Annual report on the health of the army in India
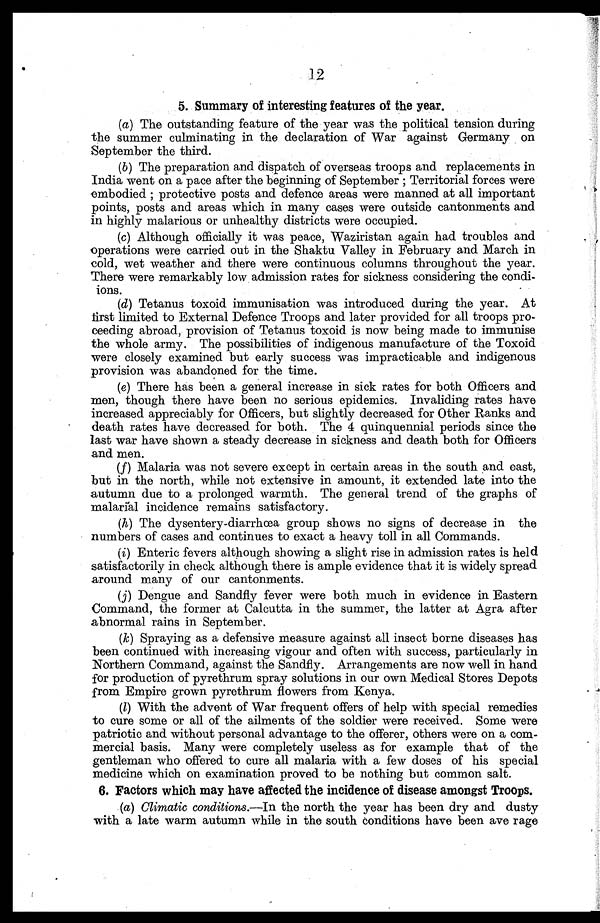
12
5. Summary of interesting features of the year.
(a) The outstanding feature of the year was the political tension during
the summer culminating in the declaration of War against Germany on
September the third.
(b) The preparation and dispatch of overseas troops and replacements in
India went on a pace after the beginning of September ; Territorial forces were
embodied ; protective posts and defence areas were manned at all important
points, posts and areas which in many cases were outside cantonments and
in highly malarious or unhealthy districts were occupied.
(c) Although officially it was peace, Waziristan again had troubles and
operations were carried out in the Shaktu Valley in February and March in
cold, wet weather and there were continuous columns throughout the year.
There were remarkably low admission rates for sickness considering the condi-
ions.
(d) Tetanus toxoid immunisation was introduced during the year. At
first limited to External Defence Troops and later provided for all troops pro-
ceeding abroad, provision of Tetanus toxoid is now being made to immunise
the whole army. The possibilities of indigenous manufacture of the Toxoid
were closely examined but early success was impracticable and indigenous
provision was abandoned for the time.
(e) There has been a general increase in sick rates for both Officers and
men, though there have been no serious epidemics. Invaliding rates have
increased appreciably for Officers, but slightly decreased for Other Ranks and
death rates have decreased for both. The 4 quinquennial periods since the
last war have shown a steady decrease in sickness and death both for Officers
and men.
(f) Malaria was not severe except in certain areas in the south and east,
but in the north, while not extensive in amount, it extended late into the
autumn due to a prolonged warmth. The general trend of the graphs of
malarial incidence remains satisfactory.
(h) The dysentery-diarrhoea group shows no signs of decrease in the
numbers of cases and continues to exact a heavy toll in all Commands.
(i) Enteric fevers although showing a slight rise in admission rates is held
satisfactorily in check although there is ample evidence that it is widely spread
around many of our cantonments.
(j) Dengue and Sandfly fever were both much in evidence in Eastern
Command, the former at Calcutta in the summer, the latter at Agra after
abnormal rains in September.
(k) Spraying as a defensive measure against all insect borne diseases has
been continued with increasing vigour and often with success, particularly in
Northern Command, against the Sandfly. Arrangements are now well in hand
for production of pyrethrum spray solutions in our own Medical Stores Depots
from Empire grown pyrethrum flowers from Kenya.
(1) With the advent of War frequent offers of help with special remedies
to cure some or all of the ailments of the soldier were received. Some were
patriotic and without personal advantage to the offerer, others were on a com-
mercial basis. Many were completely useless as for example that of the
gentleman who offered to cure all malaria with a few doses of his special
medicine which on examination proved to be nothing but common salt.
6. Factors which may have affected the incidence of disease amongst Troops.
(a) Climatic conditions.—In the north the year has been dry and dusty
with a late warm autumn while in the south conditions have been ave rage